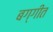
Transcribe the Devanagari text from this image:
बग्गीत